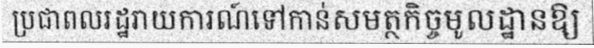
ប្រជាពលរដ្ឋរាយការណ៍ទៅកាន់សមត្ថកិច្ចមូលដ្ឋានឱ្យ